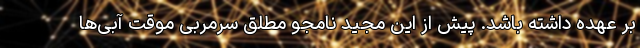
بر عهده داشته باشد. پیش از این مجید نامجو مطلق سرمربی موقت آبی‌ها